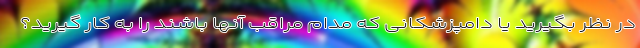
در نظر بگیرید یا دامپزشکانی که مدام مراقب آنها باشند را به کار گیرید؟